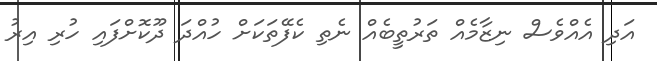
އަދި އެއްވެސް ނިޒާމެއް ތަރުތީބެއް ނެތި ކެފޭތަކަށް ހުއްދަ ދޫކޮށްފައި ހުރި އިރު